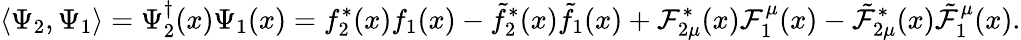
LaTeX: \langle\Psi_{2},\Psi_{1}\rangle=\Psi_{2}^{\dagger}(x)\Psi_{1}(x)=f_{2}^{*}(x)f_{1}(x)-\tilde{f}_{2}^{*}(x)\tilde{f}_{1}(x)+{\cal F}_{2\mu}^{*}(x){\cal F}_{1}^{\mu}(x)-\tilde{\cal F}_{2\mu}^{*}(x)\tilde{\cal F}_{1}^{\mu}(x).